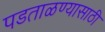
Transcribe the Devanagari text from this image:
पडताळण्यासाठी